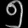
Digit: ၅